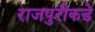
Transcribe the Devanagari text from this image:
राजपुरीकडे